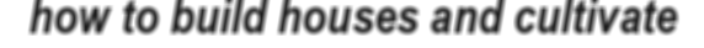
how to build houses and cultivate